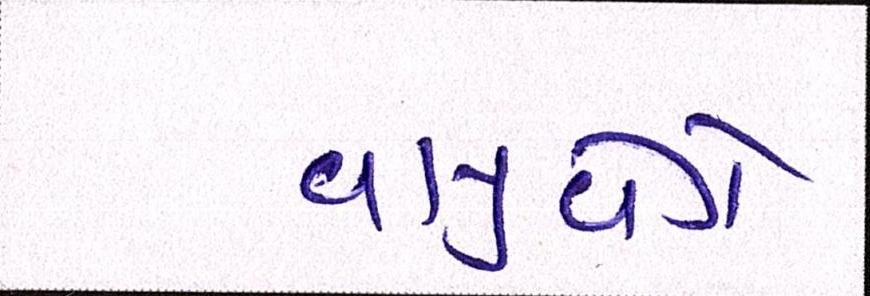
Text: વાયુવેગે